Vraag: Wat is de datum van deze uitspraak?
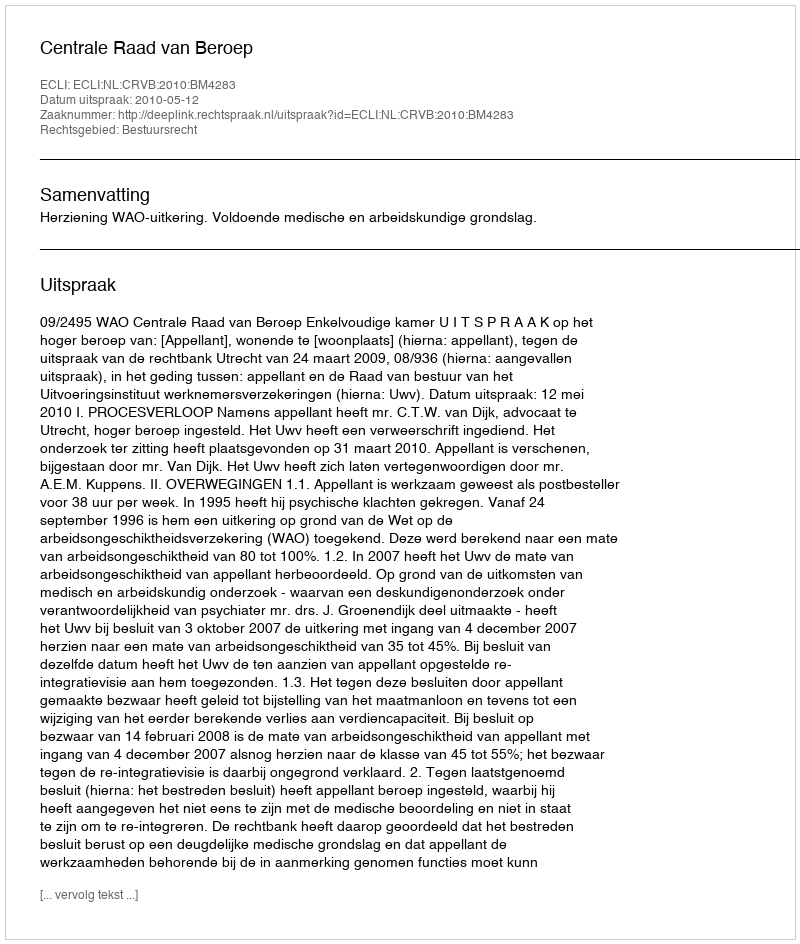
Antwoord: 2010-05-12